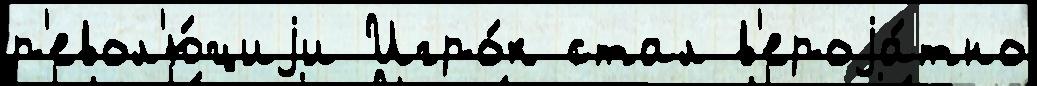
р'евол'ю́циjи Игро́к стал в'ероjа́тно